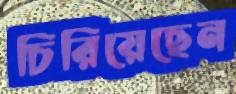
চিরিয়েছেন